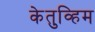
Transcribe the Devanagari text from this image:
केतुव्हिम